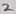
Text: 2